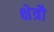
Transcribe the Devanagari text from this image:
क्षेत्रौ